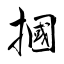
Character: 摑